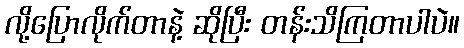
လို့ပြောလိုက်တာနဲ့ ဆိုပြီး တန်းသိကြတာပါပဲ။